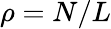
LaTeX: \rho=N/L